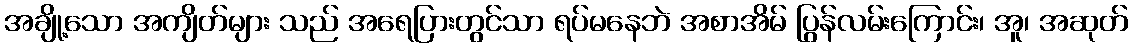
အချို့သော အကျိတ်များ သည် အရေပြားတွင်သာ ရပ်မနေဘဲ အစာအိမ် ပြွန်လမ်းကြောင်း၊ အူ၊ အဆုတ်